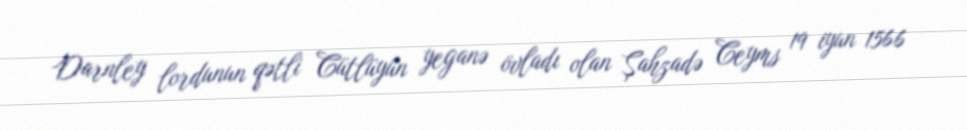
Darnley lordunun qətli Cütlüyün yeganə övladı olan Şahzadə Ceyms 19 iyun 1566